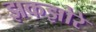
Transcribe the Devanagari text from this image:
झकझोरे